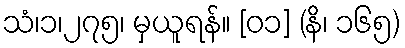
သံ၊၁၊၂၇၅၊ မှယူရန်။ [၀၁] (နိ၊ ၁၆၅)